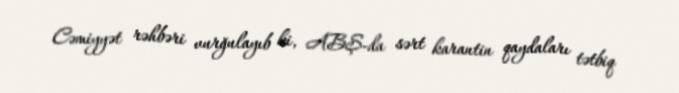
Cəmiyyət rəhbəri vurğulayıb ki, ABŞ-da sərt karantin qaydaları tətbiq